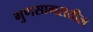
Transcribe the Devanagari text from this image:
गुणसागरातील